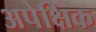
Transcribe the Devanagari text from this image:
अपेक्षिक